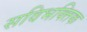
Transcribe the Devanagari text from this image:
सविभक्तिक